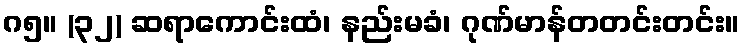
ဂ၅။ (၃၂) ဆရာကောင်းထံ၊ နည်းမခံ၊ ဂုဏ်မာန်တတင်းတင်း။